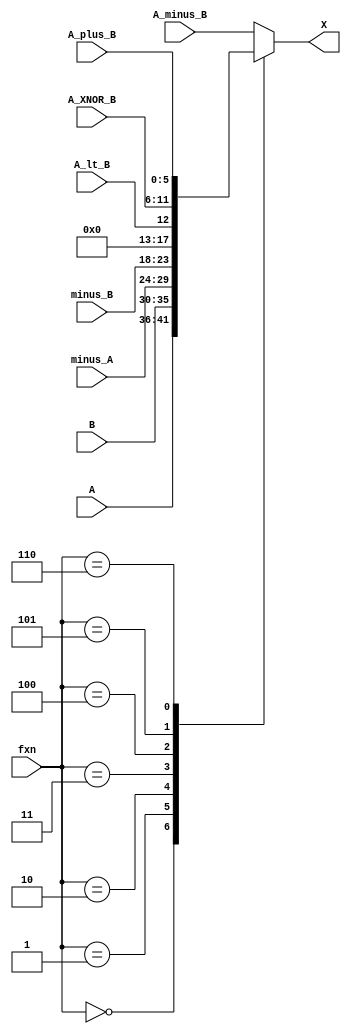
`timescale 1ns / 1ps
//////////////////////////////////////////////////////////////////////////////////
// Company: 
// Engineer: 
// 
// Design Name: 
// Module Name: fxn_menu
// Project Name: 
// Target Devices: 
// Tool Versions: 
// Description: 
// 
// Dependencies: 
// 
// Revision:
// Revision 0.01 - File Created
// Additional Comments:
// 
//////////////////////////////////////////////////////////////////////////////////


module fxn_menu(
input [5:0] A,B,minus_A, minus_B, A_plus_B, A_minus_B, A_XNOR_B,
input A_lt_B, 
input [2:0] fxn,
output reg [5:0] X

    );
    
    always @ (*) begin 
    
    case (fxn)  //switch case with different fxn options 
    
    3'b000: X= A;
    3'b001: X = B;
    3'b010: X = minus_A;
    3'b011: X = minus_B;
    3'b100: X = {5'd0,A_lt_B}; //because A_lt_B is 1 bit and X is 5 bits
    3'b101: X = A_XNOR_B;
    3'b110: X = A_plus_B;
    default: X = A_minus_B;
    
    endcase
    
    end 
    
endmodule